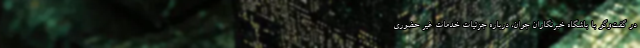
در گفت‌وگو با باشگاه خبرنگاران جوان، درباره جزئیات خدمات غیر حضوری